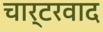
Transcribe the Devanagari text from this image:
चार्टरवाद